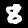
Digit: 8